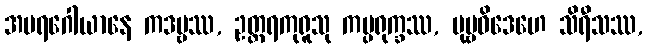
အပရဂေါယာနေ ကဒမ္ဗဿ, ဥတ္တရကုရူသု ကပ္ပရုက္ခဿ, ပုဗ္ဗဝိဒေဟေ သိရီသဿ,